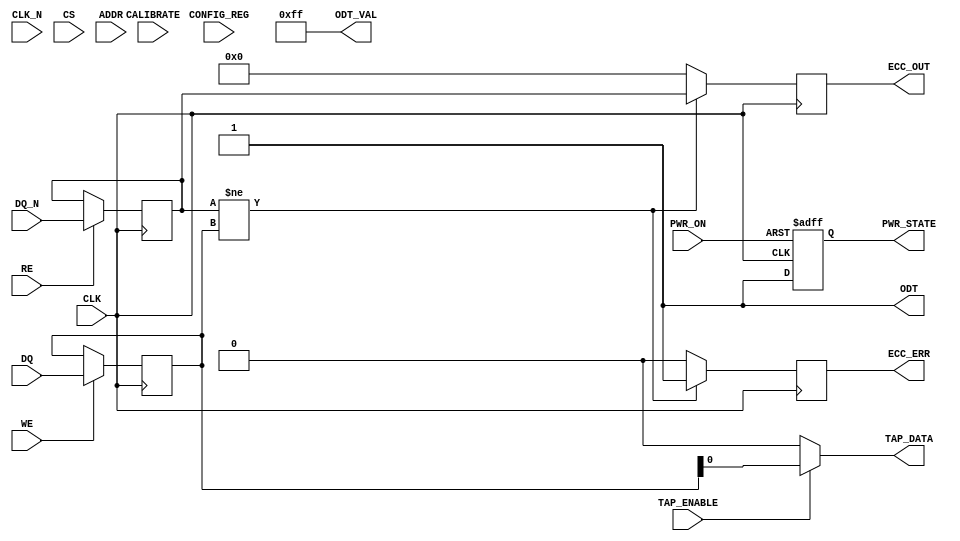
module gddr2_io_block #(
    parameter DATA_WIDTH = 32, // Options: 16, 32, 64
    parameter ODT_ENABLE = 1    // Enable/disable on-die termination
)(
    // Differential Data Signals
    input  wire [DATA_WIDTH-1:0] DQ,      // Data input
    input  wire [DATA_WIDTH-1:0] DQ_N,    // Data output (inverted)
    
    // Differential Clock Signals
    input  wire CLK,                     // Clock input
    input  wire CLK_N,                   // Inverted clock input
    
    // Control Signals
    input  wire CS,                      // Chip Select
    input  wire WE,                      // Write Enable
    input  wire RE,                      // Read Enable
    
    // Address Signals
    input  wire [15:0] ADDR,             // Address lines (example width)
    
    // Power Management
    input  wire PWR_ON,                  // Power On Reset
    output wire PWR_STATE,               // Power State Indicator
    
    // Termination
    output wire ODT,                     // On-die termination control
    output wire [DATA_WIDTH-1:0] ODT_VAL,// Programmable termination resistors
    
    // Error Detection
    output wire ECC_ERR,                 // Error Correction Code Error
    output wire [DATA_WIDTH-1:0] ECC_OUT,// ECC output data
    
    // Configuration and Calibration
    input  wire [7:0] CONFIG_REG,        // Configuration Register
    input  wire CALIBRATE,               // Calibration signal
    
    // Test Access Port
    input  wire TAP_ENABLE,               // Test Access Port Enable
    output wire TAP_DATA                  // TAP Data Output
);

// Internal signals
reg [DATA_WIDTH-1:0] data_out;
reg [DATA_WIDTH-1:0] data_in;
reg pwr_state;
reg odt_reg;
reg [DATA_WIDTH-1:0] odt_val;
reg ecc_err_reg;
reg [DATA_WIDTH-1:0] ecc_out_reg;

// Power Management Logic
always @(posedge CLK or posedge PWR_ON) begin
    if (PWR_ON) begin
        pwr_state <= 1'b0; // Power On
    end else begin
        pwr_state <= 1'b1; // Power Active
    end
end

// On-Die Termination Logic
generate
    if (ODT_ENABLE) begin
        assign ODT = 1'b1; // Enable ODT
        assign ODT_VAL = 8'hFF; // Example termination value
    end else begin
        assign ODT = 1'b0; // Disable ODT
        assign ODT_VAL = 8'h00; // No termination
    end
endgenerate

// Data Input/Output Logic
always @(posedge CLK) begin
    if (WE) begin
        data_out <= DQ; // Capture data on write
    end
    if (RE) begin
        data_in <= DQ_N; // Read data
    end
end

// Error Detection Logic (simplified)
always @(posedge CLK) begin
    // Example ECC error detection
    if (data_in != data_out) begin
        ecc_err_reg <= 1'b1; // Set error flag
        ecc_out_reg <= data_in; // Output erroneous data
    end else begin
        ecc_err_reg <= 1'b0; // Clear error flag
        ecc_out_reg <= 0; // Clear output
    end
end

// Assign outputs
assign ECC_ERR = ecc_err_reg;
assign ECC_OUT = ecc_out_reg;
assign PWR_STATE = pwr_state;
assign TAP_DATA = TAP_ENABLE ? data_out : 0; // TAP logic

endmodule